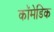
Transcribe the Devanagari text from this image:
कॉमेडिक